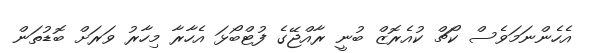
އެހެންނަމަވެސް ކޯޗް ކުއެރޮޒް ބުނީ ރާއްޖޭގެ ފުޓްބޯޅަ އެހާރާ މިހާރު ވަރަށް ބޮޑުތަން